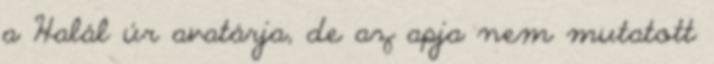
a Halál úr avatárja, de az apja nem mutatott